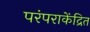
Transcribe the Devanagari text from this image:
परंपराकेंद्रित